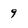
Character: 9